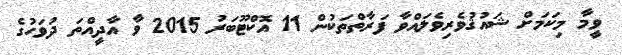
ވީމާ މިކަމަށް ޝައުޤުވެރިވެލައްވާ ފަރާތްތަކުން 11 އޮކްޓޫބަރު 2015 ވާ އާދީއްތަ ދުވަހުގެ